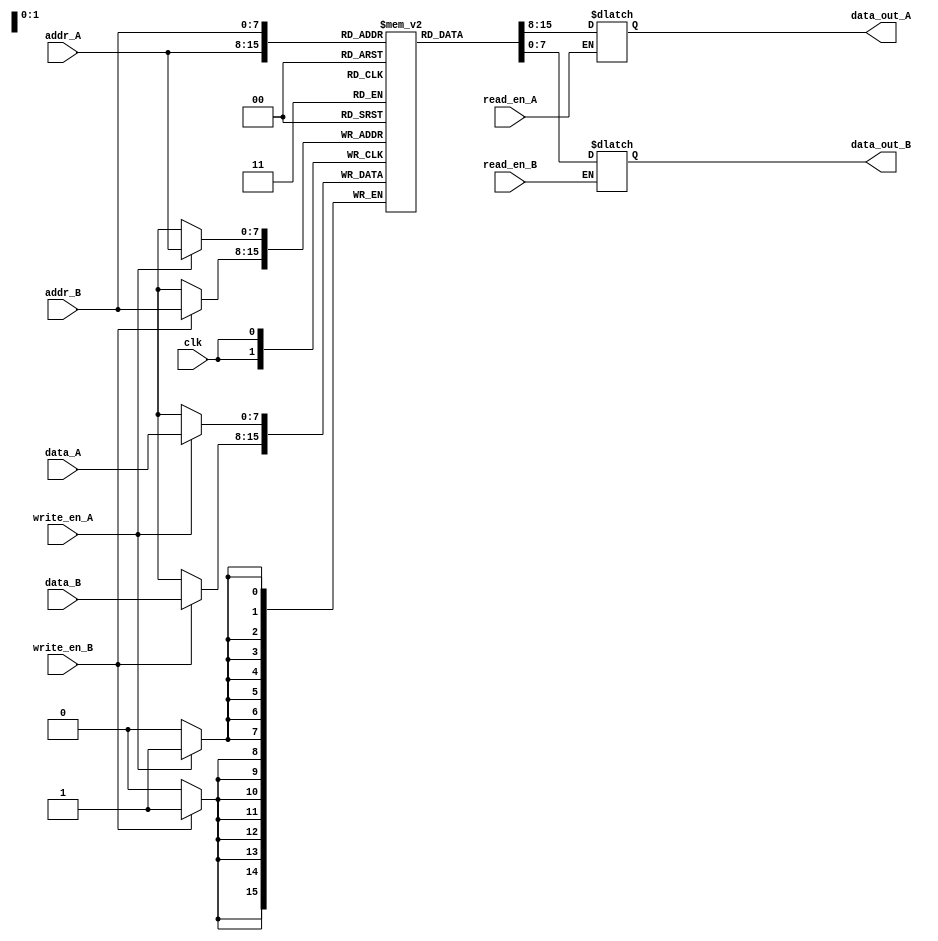
module dual_port_RAM (
    input wire clk,
    input wire [7:0] addr_A,
    input wire [7:0] addr_B,
    input wire [7:0] data_A,
    input wire [7:0] data_B,
    input wire write_en_A,
    input wire write_en_B,
    input wire read_en_A,
    input wire read_en_B,
    output reg [7:0] data_out_A,
    output reg [7:0] data_out_B
);

reg [7:0] memory [0:255];

always @(posedge clk) begin
    if(write_en_A)
        memory[addr_A] <= data_A;
    if(write_en_B)
        memory[addr_B] <= data_B;
end

always @(*) begin
    if(read_en_A)
        data_out_A <= memory[addr_A];
    if(read_en_B)
        data_out_B <= memory[addr_B];
end

endmodule